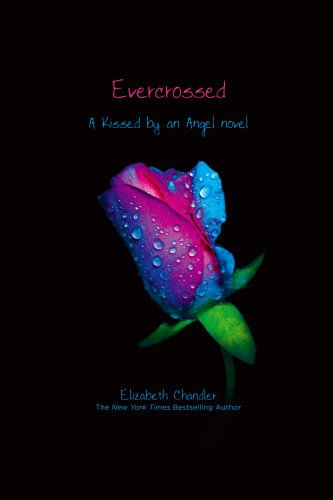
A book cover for Evercrossed (Kissed by an Angel); Elizabeth Chandler; Teen & Young Adult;